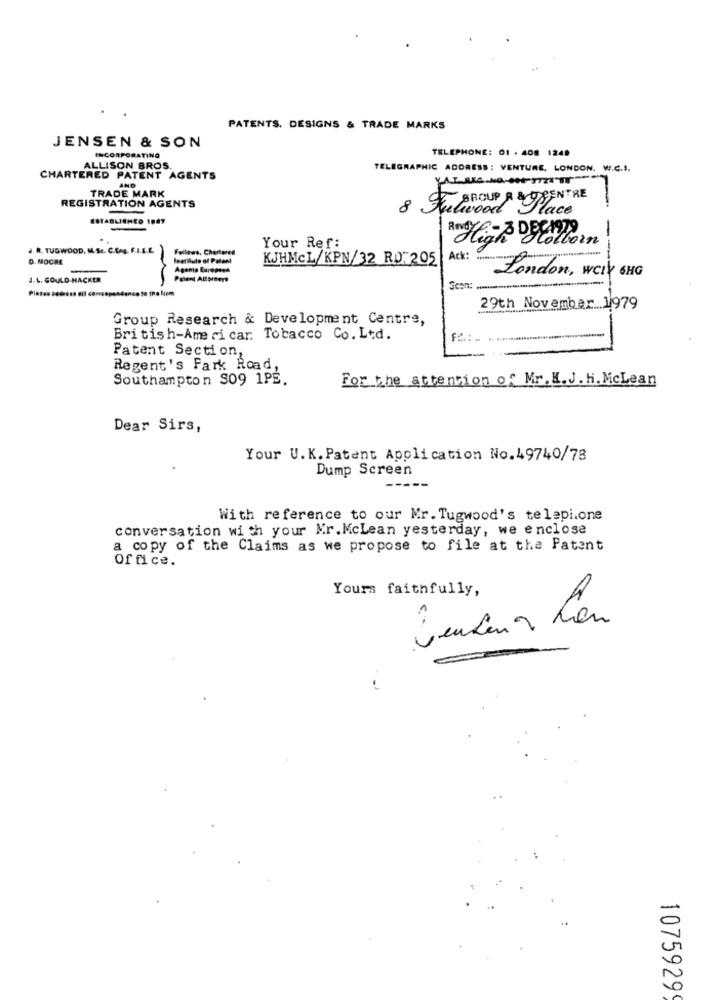
PATENTS. DESIGNS & TRADE MARKS
JENSEN & SON
TELEPHONE: 01 . 408 1249
INCORPORATING
ALLISON BROS.
TELEGRAPHIC ADDRESS : VENTURE, LONDON. W.C.S.
CHARTERED PATENT AGENTS
AND
TRADE MARK
8 Fu BROUP & &OSENTRE
REGISTRATION AGENTS
elwood.
ESTABLISHED 1047
. A. TUGWOOD. M.Sc. C.E.g. F.I.S.E.
Follows, Chartered
Your Ref:
High Dollorn
D. MOORE
laetiuto of Poland
KJHMCL/KPN/32 RDT 205
---
Agents Luceessa
J.L. COULD-HACKER
Polent Attorneys
Ack: London, WCY 6HG
to the liem
Scon :.
29th November1979
Group Research & Development Centre,
British-Ame ri car: Tobacco Co. Ltd.
Patent Section,
Regent's Fark Road,
Southampton S09 1PÉ.
For the attention of Mr. M.J. H. McLean
Dear Sirs,
Your U. K. Patent Application No.49740/78
Dump Screen
With reference to our Mr. Tugwood's telepi.one
conversation with your Mr.Mclean yesterday, we enclose
a copy of the Claims as we propose to file at the Patent
Office.
Yours faithfully,
-
5
1075929